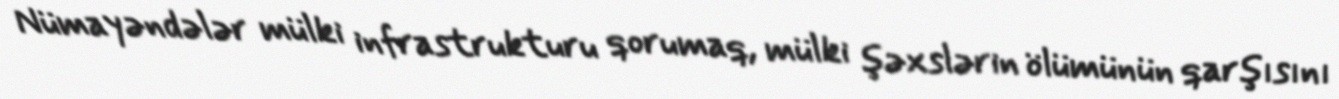
Nümayəndələr mülki infrastrukturu qorumaq, mülki şəxslərin ölümünün qarşısını